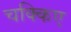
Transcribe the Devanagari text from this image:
चक्किए